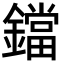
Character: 鐺